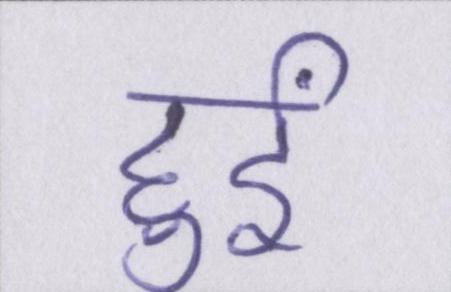
हुईं